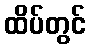
ထိပ်တွင်